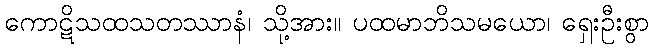
ကောဋိသထသတဿာနံ၊ သို့အား။ ပထမာဘိသမယော၊ ရှေးဦးစွာ